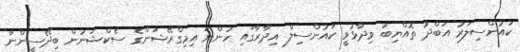
ކައުންސިލަރު އަބްދު ތޮއްޔިބު ވިދާޅުވީ ކައުންސިލް އިދާރާގައި ހުންނަ އިމިގްރޭޝަންގެ ސެކްޝަނުން ބިދޭސީންނާ